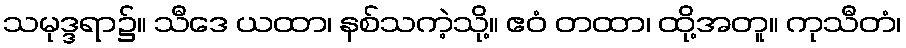
သမုဒ္ဒရာ၌။ သီဒေ ယထာ၊ နစ်သကဲ့သို့။ ဧဝံ တထာ၊ ထို့အတူ။ ကုသီတံ၊